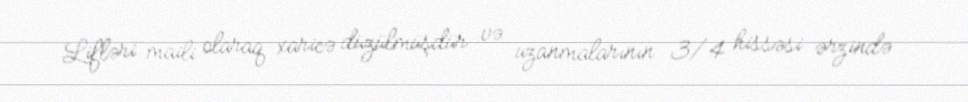
Lifləri maili olaraq xaricə düzülmüşdür və uzanmalarının 3/4 hissəsi ərzində